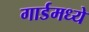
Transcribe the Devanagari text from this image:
गार्डमध्ये